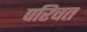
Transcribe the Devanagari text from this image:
परिचत